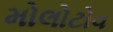
મોલોટોવ